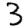
Digit: 3